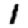
Digit: 1